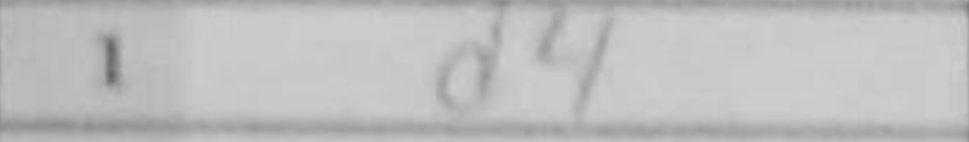
Transcription: d4